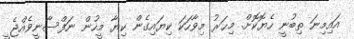
އައިމިނަ ތިބުނީ ހެޔޮކޮށް. މިޙަރު މިވާހަކަ ކިޔައިގެން ކިޔާ މީހުން ނަފްސާނީވެއްޖެ ީ